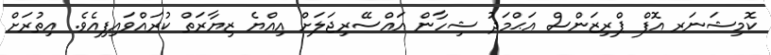
ކޮމިޝަނަރ އޮފް ޕްރިޒަންސް އަޙްމަދު ޝިހާން އައްސޭރިޖަލަށް އިއްޔެ ޒިޔާރަތް ކުރައްވައިފިއެވެ. އިތުރަށް